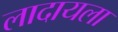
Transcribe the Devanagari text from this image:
लादायला